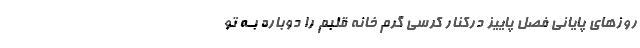
روزهای پایانی فصل پاییز درکنار کرسی گرم خانه قلبم را دوباره بـه تو